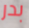
بدر